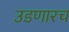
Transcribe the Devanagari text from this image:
उडणारच